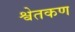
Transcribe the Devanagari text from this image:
श्वेतकण